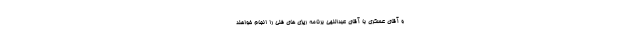
و آقای عسکری با آقای عبداللهی برنامه ریزی های فنی را انجام خواهند